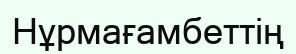
Нұрмағамбеттің